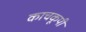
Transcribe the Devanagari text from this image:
काचकूपी